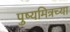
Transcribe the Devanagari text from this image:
पुष्यमित्रच्या